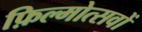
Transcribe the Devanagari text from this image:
फ़िल्मोत्सवों